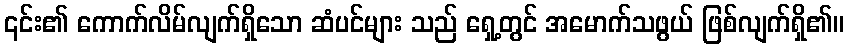
၎င်း၏ ကောက်လိမ်လျက်ရှိသော ဆံပင်များ သည် ရှေ့တွင် အမောက်သဖွယ် ဖြစ်လျက်ရှိ၏။